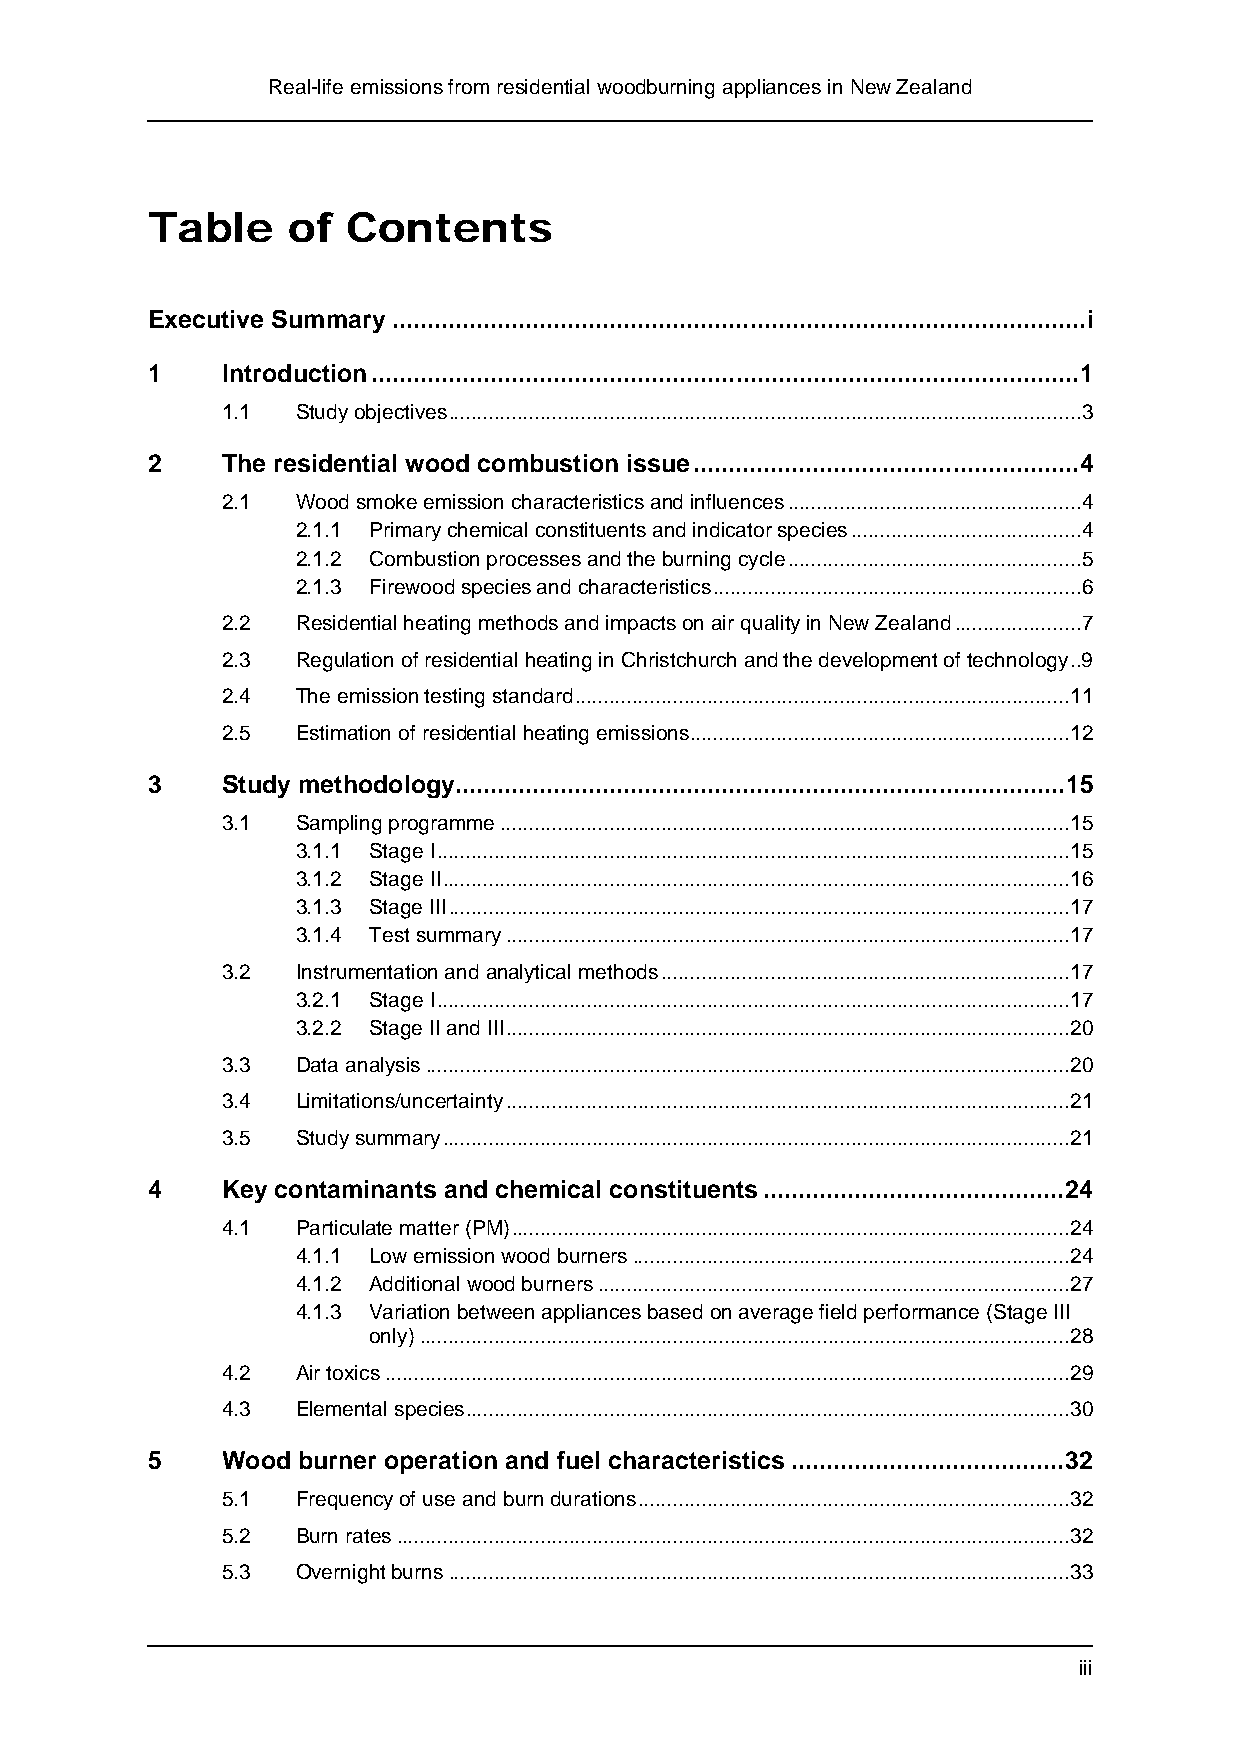
Real-life emissions from residential woodburning appliances in New Zealand
 Table    of  Contents
 Executive Summary ...................................................................................................i
 1    Introduction.....................................................................................................1
 1.1  Study objectives..............................................................................................................3
 2    The residential wood combustion issue.......................................................4
 2.1  Wood smoke emission characteristics and influences...................................................4
 2.1.1 Primary chemical constituents and indicator species........................................4
 2.1.2 Combustion processes and the burning cycle...................................................5
 2.1.3 Firewood species and characteristics................................................................6
 2.2  Residential heating methods and impacts on air quality in New Zealand......................7
 2.3  Regulation of residential heating in Christchurch and the development of technology..9
 2.4  The emission testing standard......................................................................................11
 2.5  Estimation of residential heating emissions..................................................................12
 3    Study methodology.......................................................................................15
 3.1  Sampling programme...................................................................................................15
 3.1.1 Stage I..............................................................................................................15
 3.1.2 Stage II.............................................................................................................16
 3.1.3 Stage III............................................................................................................17
 3.1.4 Test summary..................................................................................................17
 3.2  Instrumentation and analytical methods.......................................................................17
 3.2.1 Stage I..............................................................................................................17
 3.2.2 Stage II and III..................................................................................................20
 3.3  Data analysis................................................................................................................20
 3.4  Limitations/uncertainty..................................................................................................21
 3.5  Study summary.............................................................................................................21
 4    Key contaminants and chemical constituents...........................................24
 4.1  Particulate matter (PM).................................................................................................24
 4.1.1 Low emission wood burners............................................................................24
 4.1.2 Additional wood burners..................................................................................27
 4.1.3 Variation between appliances based on average field performance (Stage III
 only).................................................................................................................28
 4.2  Air toxics.......................................................................................................................29
 4.3  Elemental species.........................................................................................................30
 5    Wood burner operation and fuel characteristics .......................................32
 5.1  Frequency of use and burn durations...........................................................................32
 5.2  Burn rates.....................................................................................................................32
 5.3  Overnight burns............................................................................................................33
 iii